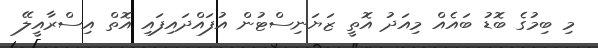
މި ބިމުގެ ބޮޑު ބައެއް މިއަދު އޮތީ ޒަޔަނިސްޓުން އުފައްދައިފައި އޮތް އިސްރާއީލޭ